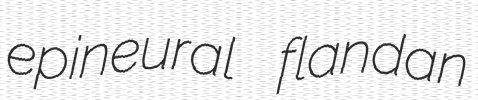
epineural flandan